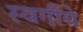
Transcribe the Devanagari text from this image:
स्वर्गीये